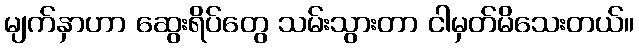
မျက်နှာဟာ ဆွေးရိပ်တွေ သမ်းသွားတာ ငါမှတ်မိသေးတယ်။